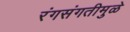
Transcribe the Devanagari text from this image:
रंगसंगतीमुळे